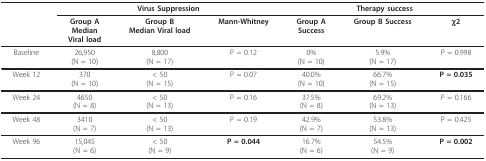
<table><thead><tr><td></td><td colspan="3"><b>Virus Suppression</b></td><td colspan="3"><b>Therapy success</b></td></tr><tr><td></td><td><b>Group AMedianViral load</b></td><td><b>Group BMedian Viral load</b></td><td><b>Mann-Whitney</b></td><td><b>Group ASuccess</b></td><td><b>Group B Success</b></td><td><b>χ2</b></td></tr></thead><tbody><tr><td>Baseline</td><td>26,950(N = 10)</td><td>8,800(N = 17)</td><td>P = 0.12</td><td>0%(N = 10)</td><td>5.9%(N = 17)</td><td>P = 0.998</td></tr><tr><td>Week 12</td><td>370(N = 10)</td><td>&lt; 50(N = 15)</td><td>P = 0.07</td><td>40.0%(N = 10)</td><td>66.7%(N = 15)</td><td><b>P = 0.035</b></td></tr><tr><td>Week 24</td><td>4650(N = 8)</td><td>&lt; 50(N = 13)</td><td>P = 0.16</td><td>37.5%(N = 8)</td><td>69.2%(N = 13)</td><td>P = 0.166</td></tr><tr><td>Week 48</td><td>3410(N = 7)</td><td>&lt; 50(N = 13)</td><td>P = 0.19</td><td>42.9%(N = 7)</td><td>53.8%(N = 13)</td><td>P = 0.425</td></tr><tr><td>Week 96</td><td>15,045(N = 6)</td><td>&lt; 50(N = 9)</td><td><b>P = 0.044</b></td><td>16.7%(N = 6)</td><td>54.5%(N = 9)</td><td><b>P = 0.002</b></td></tr></tbody></table>